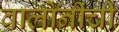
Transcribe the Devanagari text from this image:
वालोनीची